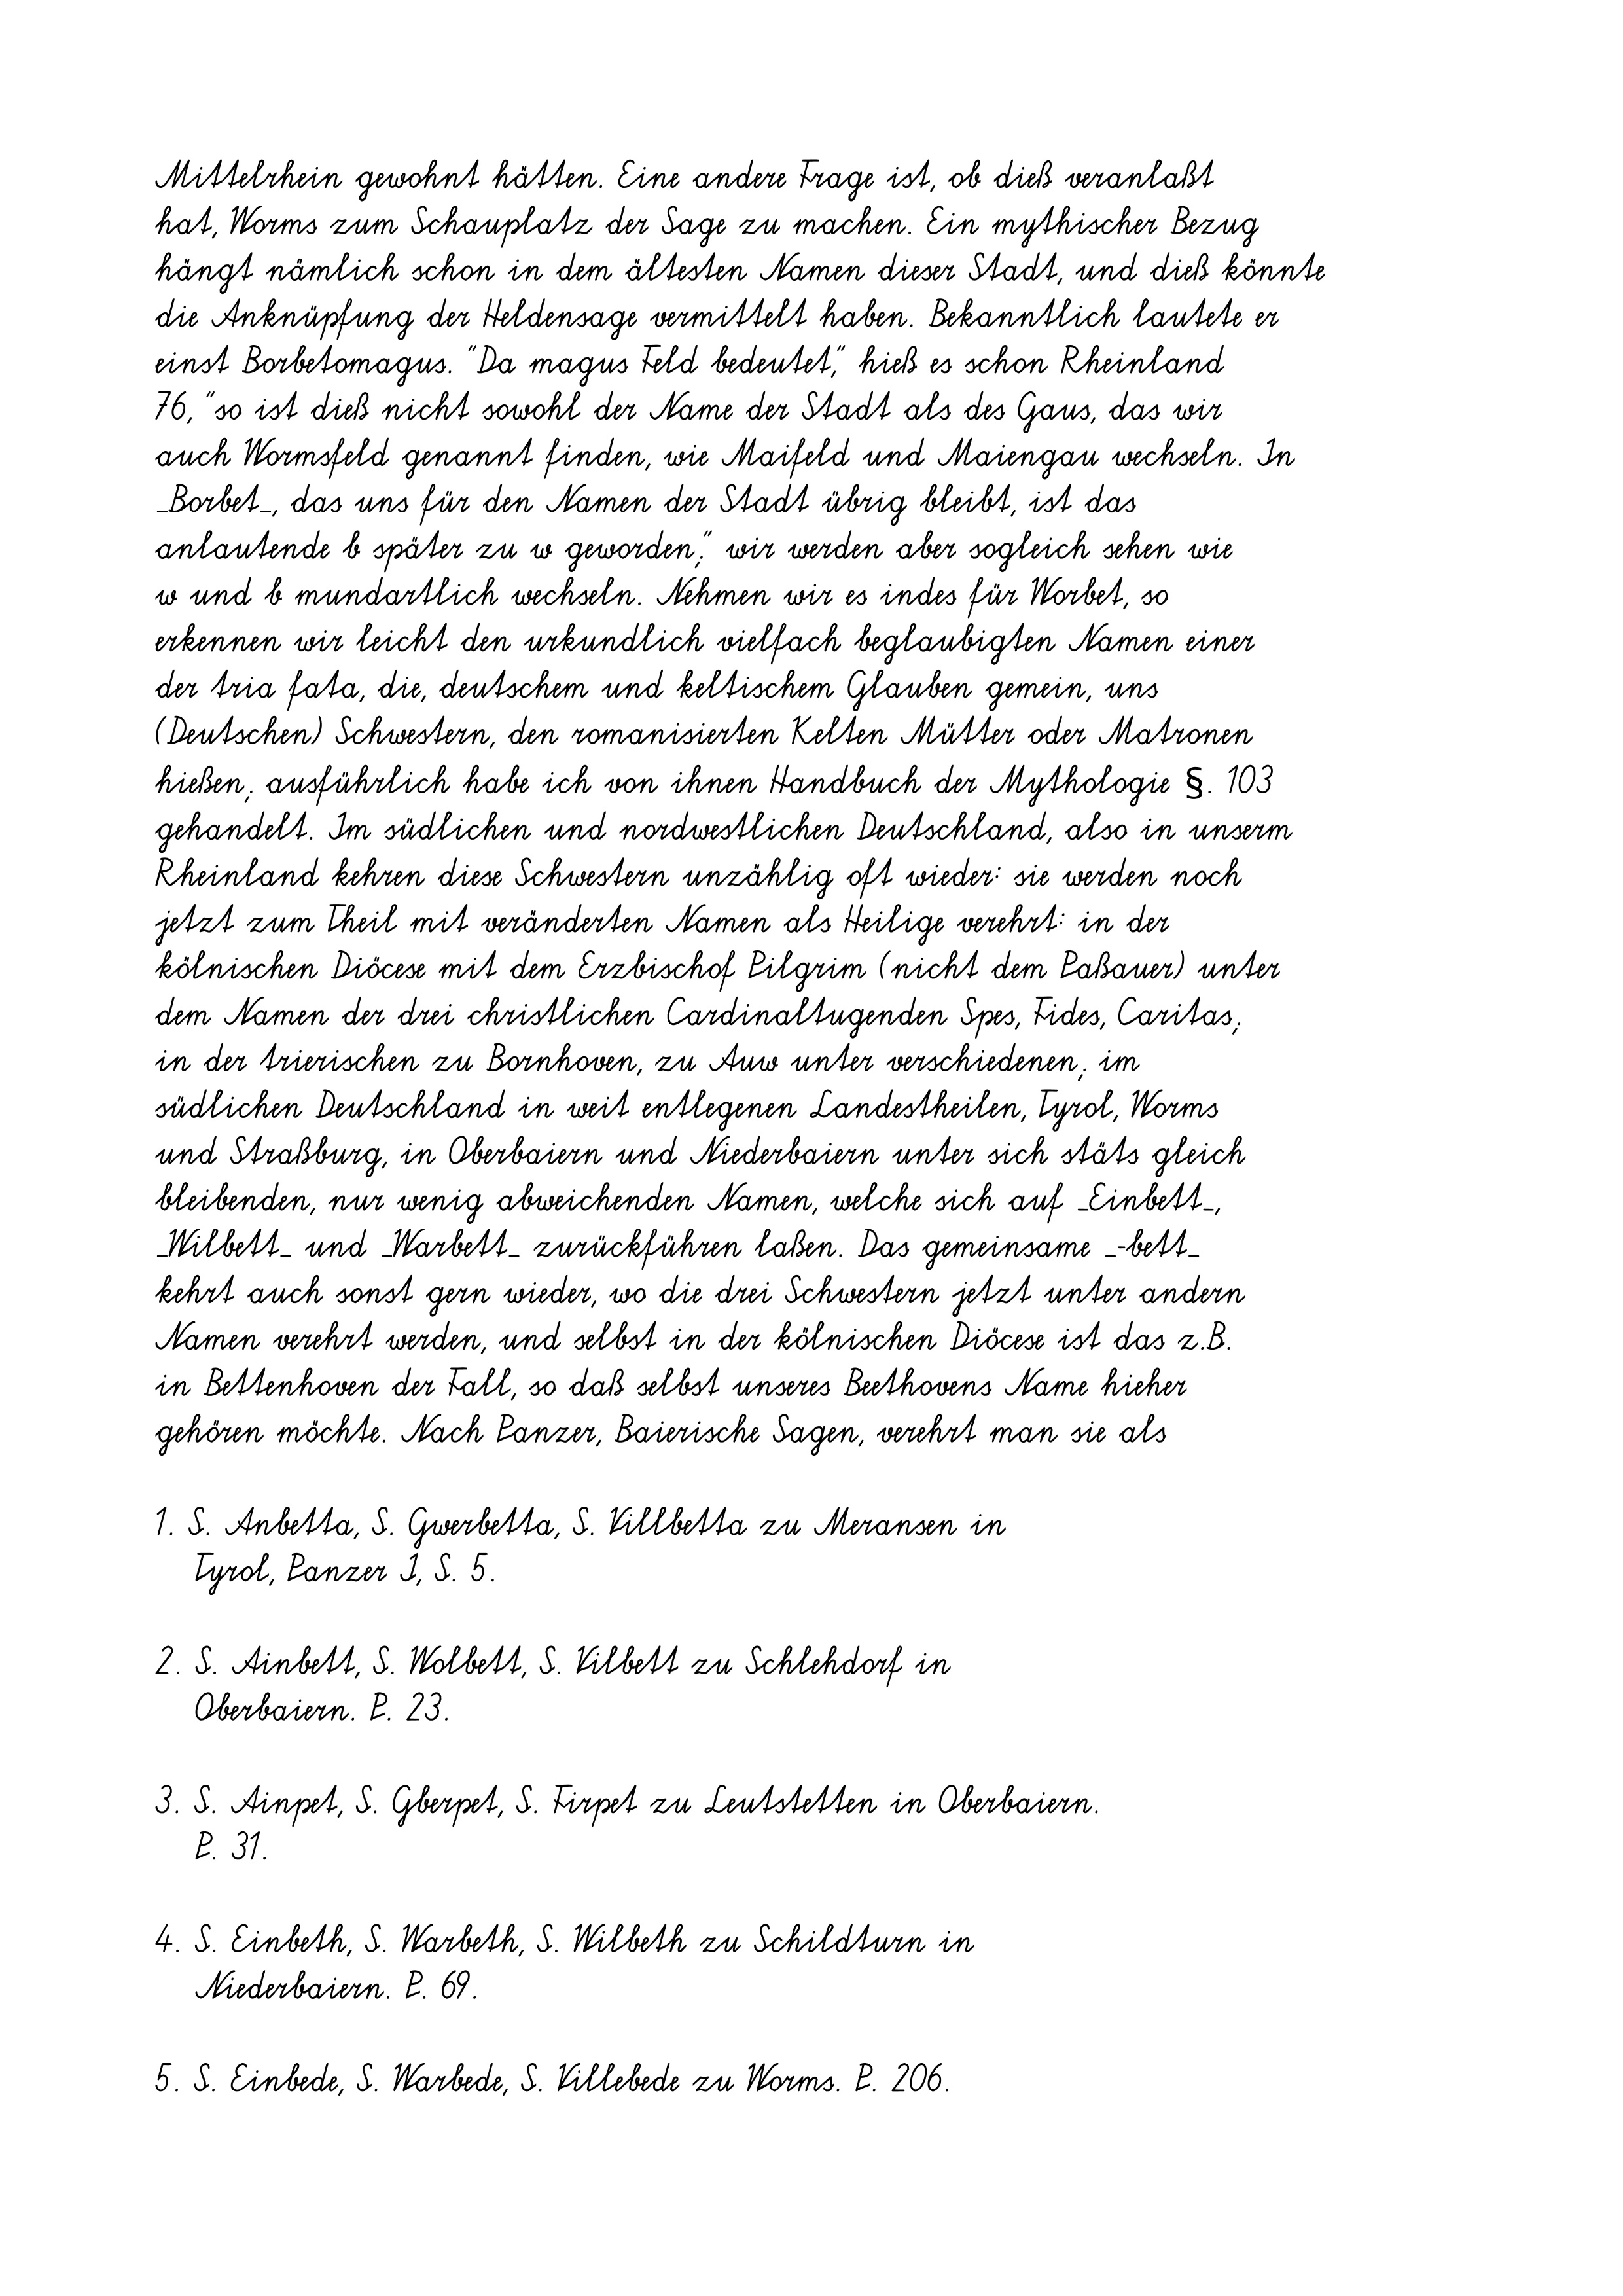
Mittelrhein gewohnt hätten. Eine andere Frage ist, ob dieß veranlaßt
hat, Worms zum Schauplatz der Sage zu machen. Ein mythischer Bezug
hängt nämlich schon in dem ältesten Namen dieser Stadt, und dieß könnte
die Anknüpfung der Heldensage vermittelt haben. Bekanntlich lautete er
einst Borbetomagus. "Da magus Feld bedeutet," hieß es schon Rheinland
76, "so ist dieß nicht sowohl der Name der Stadt als des Gaus, das wir
auch Wormsfeld genannt finden, wie Maifeld und Maiengau wechseln.
In
_Borbet_, das uns für den Namen der Stadt übrig bleibt, ist das
anlautende b später zu w geworden;" wir werden aber sogleich sehen wie
w und b mundartlich wechseln. Nehmen wir es indes für Worbet, so
erkennen wir leicht den urkundlich vielfach beglaubigten Namen einer
der tria fata, die, deutschem und keltischem Glauben gemein, uns
(Deutschen) Schwestern, den romanisierten Kelten Mütter oder Matronen
hießen; ausführlich habe ich von ihnen Handbuch der Mythologie §. 103
gehandelt. Im südlichen und nordwestlichen Deutschland, also in unserm
Rheinland kehren diese Schwestern unzählig oft wieder: sie werden noch
jetzt zum Theil mit veränderten Namen als Heilige verehrt: in der
kölnischen Diöcese mit dem Erzbischof Pilgrim (nicht dem Paßauer) unter
dem Namen der drei christlichen Cardinaltugenden Spes, Fides, Caritas;
in der trierischen zu Bornhoven, zu Auw unter verschiedenen; im
südlichen Deutschland in weit entlegenen Landestheilen, Tyrol, Worms
und Straßburg, in Oberbaiern und Niederbaiern unter sich stäts gleich
bleibenden, nur wenig abweichenden Namen, welche sich auf _Einbett_,
_Wilbett_ und _Warbett_ zurückführen laßen. Das gemeinsame _-bett_
kehrt auch sonst gern wieder, wo die drei Schwestern jetzt unter andern
Namen verehrt werden, und selbst in der kölnischen Diöcese ist das z.B.
in Bettenhoven der Fall, so daß selbst unseres Beethovens Name hieher
gehören möchte. Nach Panzer, Baierische Sagen, verehrt man sie als
1. S. Anbetta, S. Gwerbetta, S. Villbetta zu Meransen in
Tyrol, Panzer I, S. 5.
2. S. Ainbett, S. Wolbett, S. Vilbett zu Schlehdorf in
Oberbaiern. P. 23.
3. S. Ainpet, S. Gberpet, S. Firpet zu Leutstetten in Oberbaiern.
P. 31.
4. S. Einbeth, S. Warbeth, S. Wilbeth zu Schildturn in
Niederbaiern. P. 69.
5. S. Einbede, S. Warbede, S. Villebede zu Worms. P. 206.